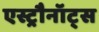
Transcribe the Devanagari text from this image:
एस्ट्रौनॉट्स